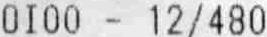
0I00 - 12/480